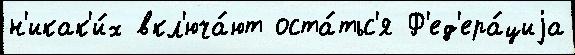
н'икак'и́х вкл'юча́ют оста́тьс'я Ф'ед'ера́циjа